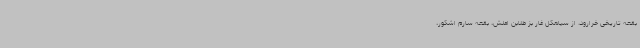
بقعه تاریخی خرارود، از سیاهکل غار بز طلابن املش، بقعه سارم اشکور،